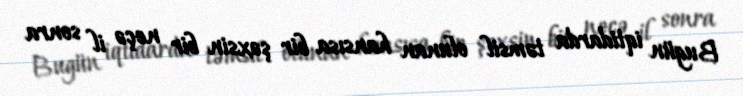
Bugün iqtidarda təmsil olunan hansısa bir şəxsin bir neçə il sonra